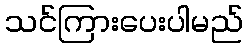
သင်ကြားပေးပါမည်